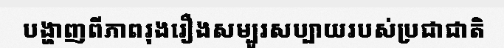
បង្ហាញពីភាពរុងរឿងសម្បូរសប្បាយរបស់ប្រជាជាតិ